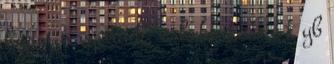
harmin egítünk, a hekk t en e t yb